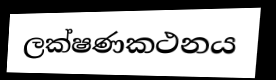
ලක්ෂණකථනය